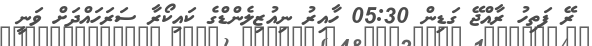
ރޭ ފަތިހު ރާއްޖޭ ގަޑިން 05:30 ހާއިރު ނިއުޒިލެންޑްގެ ކައިކޯރާ ސަރަހައްދަށް ވަނީ